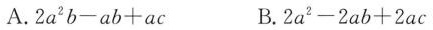
A.2a^2b-ab+ac B.2a^2-2ab+2ac